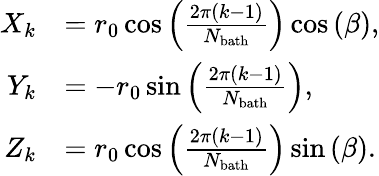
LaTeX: \begin{array}{rl}{X_{k}}&{=r_{0}\cos\left(\frac{2\pi(k-1)}{N_{\mathrm{bath}}}\right)\cos\left(\beta\right),}\\ {Y_{k}}&{=-r_{0}\sin\left(\frac{2\pi(k-1)}{N_{\mathrm{bath}}}\right),}\\ {Z_{k}}&{=r_{0}\cos\left(\frac{2\pi(k-1)}{N_{\mathrm{bath}}}\right)\sin\left(\beta\right).}\end{array}